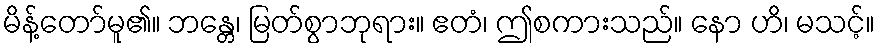
မိန့်တော်မူ၏။ ဘန္တေ၊ မြတ်စွာဘုရား။ ဧတံ၊ ဤစကားသည်။ နော ဟိ၊ မသင့်။